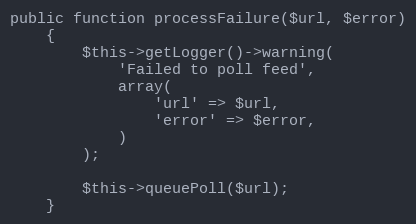
Language: PHP
public function processFailure($url, $error)
    {
        $this->getLogger()->warning(
            'Failed to poll feed',
            array(
                'url' => $url,
                'error' => $error,
            )
        );

        $this->queuePoll($url);
    }